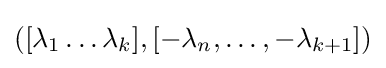
([\lambda _{1}\dots \lambda _{k}],[-\lambda _{n},\dots ,-\lambda _{k+1}])